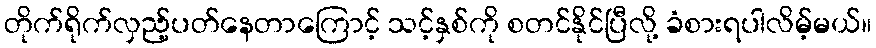
တိုက်ရိုက်လှည့်ပတ်နေတာကြောင့် သင့်နှစ်ကို စတင်နိုင်ပြီလို့ ခံစားရပါလိမ့်မယ်။